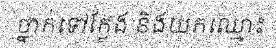
ថ្នាក់ទៅក្លែង និងយកឈ្មោះ